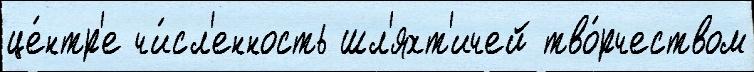
це́нтр'е чи́сл'енность шл'яхт'ичей тво́рчеством